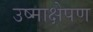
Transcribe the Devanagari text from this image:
उष्माक्षेपण